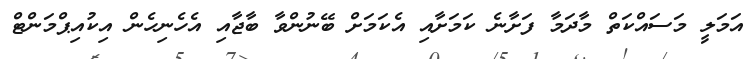
އަމަލީ މަސައްކަތް މާދަމާ ފަށާނެ ކަމަށާއި އެކަމަށް ބޭނުންވާ ބާޖާއި އެހެނިހެން އިކުއިޕްމަންޓް